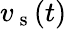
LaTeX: v_{\mathrm{~s~}}(t)